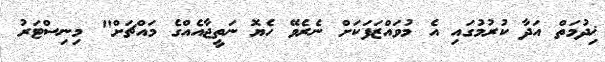
ޚިދުމަތް އަދާ ކުރުމުގައި އެ މުވައްޒަފަކަށް ނެރެވޭ ހެޔޮ ނަތީޖާއެއްގެ މައްޗަށް" މިނިސްޓަރު